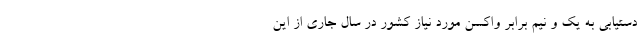
دستیابی به یک و نیم برابر واکسن مورد نیاز کشور در سال جاری از این